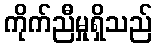
ကိုက်ညီမှုရှိသည်